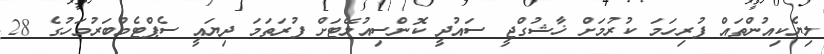
ލިޔެކިއުންތައް ފުރިހަމަ ކުރުމަށް ޚާޝުގްޖީ ސައުދީ ކޮންސިއުލޭޓަށް ފުރަތަމަ ދިޔައީ ސެޕްޓެމްބަރުމަހުގެ 28